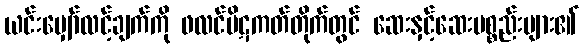
ယင်းမျှော်လင့်ချက်ကို ဖလင်ပိဋကတ်တိုက်တွင် ဆေးနှင့်ဆေးပစ္စည်းများ၏